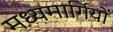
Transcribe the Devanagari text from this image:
मध्यमार्गियों